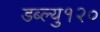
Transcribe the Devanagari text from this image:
डब्ल्यु१२०